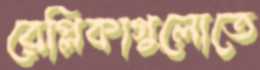
রেপ্লিকাগুলোতে